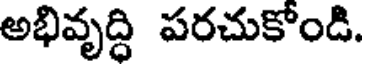
అభివృద్ధి పరచుకోండి.